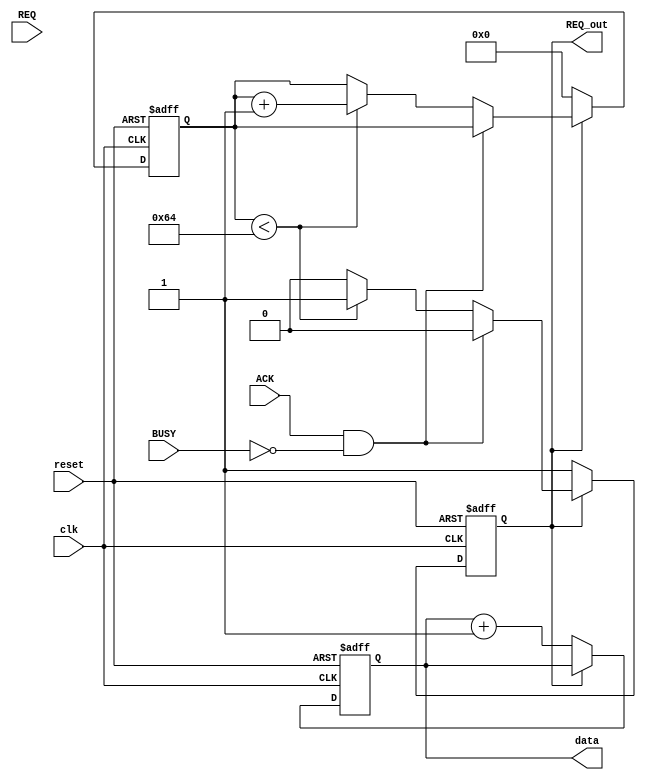
module MemoryBlock (
    input wire clk,
    input wire reset,
    input wire REQ,        // Request signal from sender
    input wire ACK,        // Acknowledge signal from receiver
    input wire BUSY,       // Busy signal from receiver
    output reg [7:0] data, // Data to be sent
    output reg REQ_out     // Request signal to the next block
);
    parameter TIMEOUT = 100; // Timeout duration in clock cycles
    reg [6:0] timeout_counter;

    always @(posedge clk or posedge reset) begin
        if (reset) begin
            data <= 8'b0;
            REQ_out <= 1'b0;
            timeout_counter <= 7'b0;
        end else begin
            if (REQ_out == 1'b0) begin
                // Prepare data to send
                data <= data + 1; // Increment data for demonstration
                REQ_out <= 1'b1; // Assert REQ to send data
                timeout_counter <= 7'b0; // Reset timeout counter
            end else if (ACK && !BUSY) begin
                // Data transfer occurs here
                REQ_out <= 1'b0; // Deassert REQ after data transfer
            end else if (timeout_counter < TIMEOUT) begin
                timeout_counter <= timeout_counter + 1; // Increment timeout counter
            end else begin
                // Timeout handling
                REQ_out <= 1'b0; // Deassert REQ on timeout
            end
        end
    end
endmodule